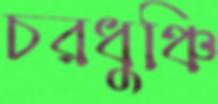
চরধুঞ্চি